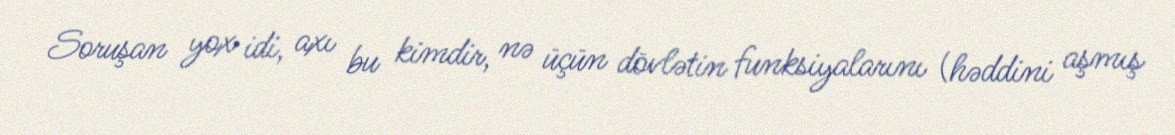
Soruşan yox idi, axı bu kimdir, nə üçün dövlətin funksiyalarını (həddini aşmış